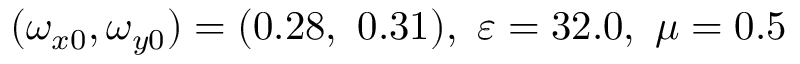
( \omega _ { x 0 } , \omega _ { y 0 } ) = ( 0 . 2 8 , \ 0 . 3 1 ) , \ \varepsilon = 3 2 . 0 , \ \mu = 0 . 5